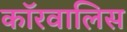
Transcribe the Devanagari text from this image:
कॉरवालिस